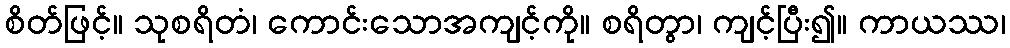
စိတ်ဖြင့်။ သုစရိတံ၊ ကောင်းသောအကျင့်ကို။ စရိတွာ၊ ကျင့်ပြီး၍။ ကာယဿ၊